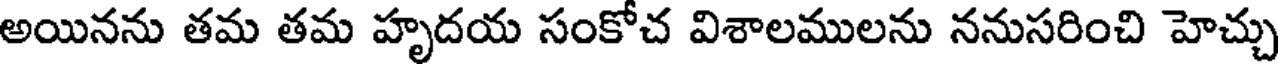
అయినను తమ తమ హృదయ సంకోచ విశాలములను ననుసరించి హెచ్చు